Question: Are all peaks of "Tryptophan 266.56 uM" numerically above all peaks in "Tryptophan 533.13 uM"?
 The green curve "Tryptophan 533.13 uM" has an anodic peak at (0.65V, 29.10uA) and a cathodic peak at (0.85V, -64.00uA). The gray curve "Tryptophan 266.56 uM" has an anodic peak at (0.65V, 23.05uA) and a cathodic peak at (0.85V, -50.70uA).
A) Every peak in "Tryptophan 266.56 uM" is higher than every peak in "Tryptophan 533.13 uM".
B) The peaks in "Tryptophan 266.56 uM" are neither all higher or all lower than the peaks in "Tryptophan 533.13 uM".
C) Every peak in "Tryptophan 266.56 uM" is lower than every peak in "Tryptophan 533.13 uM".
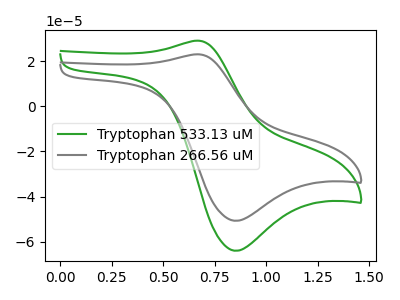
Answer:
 <answer>C) Every peak in "Tryptophan 266.56 uM" is lower than every peak in "Tryptophan 533.13 uM".</answer>
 <eval>C</eval>